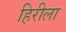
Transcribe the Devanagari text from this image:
हिरीला